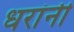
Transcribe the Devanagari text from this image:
धरांनी